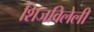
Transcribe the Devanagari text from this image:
शिजविलेली